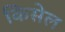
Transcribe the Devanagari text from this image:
किसेल